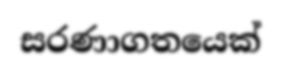
සරණාගතයෙක්